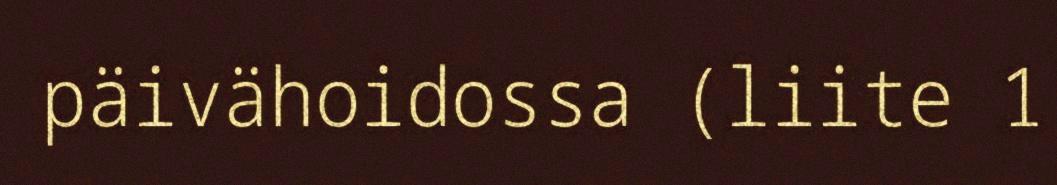
päivähoidossa (liite 1